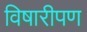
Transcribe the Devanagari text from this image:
विषारीपण